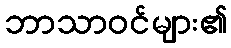
ဘာသာဝင်များ၏